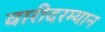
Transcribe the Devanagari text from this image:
वारीदरम्यान